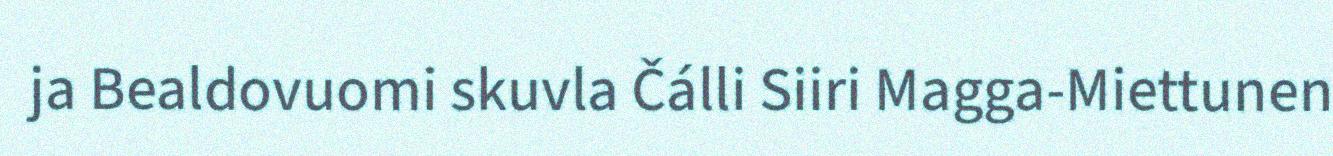
ja Bealdovuomi skuvla Čálli Siiri Magga-Miettunen